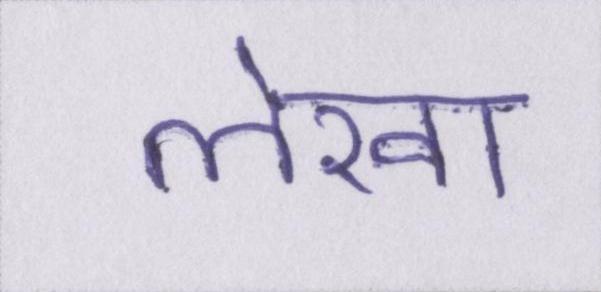
लेखा